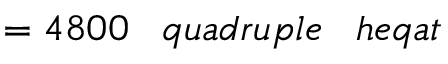
= 4 8 0 0 \; \; \; q u a d r u p l e \; \; \; h e q a t